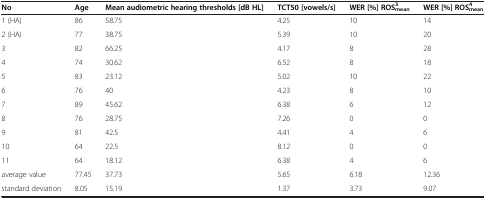
<table><thead><tr><td><b>No</b></td><td><b>Age</b></td><td><b>Mean audiometric hearing thresholds [dB HL]</b></td><td><b>TCT50 [vowels/s]</b></td><td><b>WER [%] ROS<sub>mean</sub><sup>3</sup></b></td><td><b>WER [%] ROS<sub>mean</sub><sup>4</sup></b></td></tr></thead><tbody><tr><td>1 (HA)</td><td>86</td><td>58.75</td><td>4.25</td><td>10</td><td>14</td></tr><tr><td>2 (HA)</td><td>77</td><td>38.75</td><td>5.39</td><td>10</td><td>20</td></tr><tr><td>3</td><td>82</td><td>66.25</td><td>4.17</td><td>8</td><td>28</td></tr><tr><td>4</td><td>74</td><td>30.62</td><td>6.52</td><td>8</td><td>18</td></tr><tr><td>5</td><td>83</td><td>23.12</td><td>5.02</td><td>10</td><td>22</td></tr><tr><td>6</td><td>76</td><td>40</td><td>4.23</td><td>8</td><td>10</td></tr><tr><td>7</td><td>89</td><td>45.62</td><td>6.38</td><td>6</td><td>12</td></tr><tr><td>8</td><td>76</td><td>28.75</td><td>7.26</td><td>0</td><td>0</td></tr><tr><td>9</td><td>81</td><td>42.5</td><td>4.41</td><td>4</td><td>6</td></tr><tr><td>10</td><td>64</td><td>22.5</td><td>8.12</td><td>0</td><td>0</td></tr><tr><td>11</td><td>64</td><td>18.12</td><td>6.38</td><td>4</td><td>6</td></tr><tr><td>average value</td><td>77.45</td><td>37.73</td><td>5.65</td><td>6.18</td><td>12.36</td></tr><tr><td>standard deviation</td><td>8.05</td><td>15.19</td><td>1.37</td><td>3.73</td><td>9.07</td></tr></tbody></table>